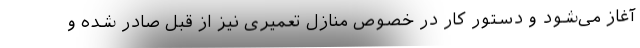
آغاز می‌شود و دستور کار در خصوص منازل تعمیری نیز از قبل صادر شده و